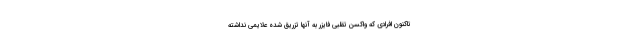
تاکنون افرادی که واکسن تقلبی فایزر به آنها تزریق شده علایمی نداشته